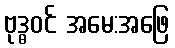
ဗုဒ္ဓဝင် အမေ:အဖြေ